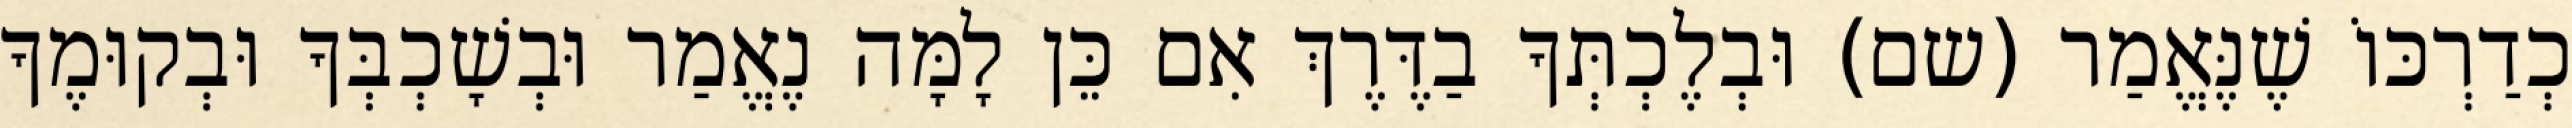
כְדַרְכּוֹ שֶׁנֶּאֱמַר (שם) וּבְלֶכְתְּךָ בַדֶּרֶךְ אִם כֵּן לָמָּה נֶאֱמַר וּבְשָׁכְבְּךָ וּבְקוּמֶךָ